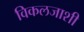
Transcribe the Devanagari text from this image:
विकलजाशी